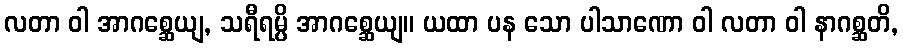
လတာ ဝါ အာဂစ္ဆေယျ, သရီရမ္ပိ အာဂစ္ဆေယျ။ ယထာ ပန သော ပါသာဏော ဝါ လတာ ဝါ နာဂစ္ဆတိ,